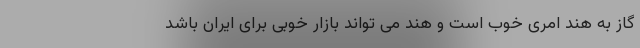
گاز به هند امری خوب است و هند می تواند بازار خوبی برای ایران باشد